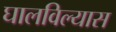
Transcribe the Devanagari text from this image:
घालविल्यास